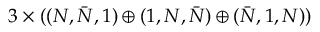
3 \times ( ( N , \bar { N } , 1 ) \oplus ( 1 , N , \bar { N } ) \oplus ( \bar { N } , 1 , N ) )